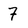
Character: 7